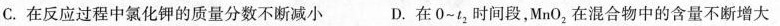
C.在反应过程中氯化钾的质量分数不断减小 D.在0~t_{2}时间段，MnO_{2}，在混合物中的含量不断增大